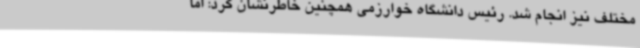
مختلف نیز انجام شد. رئیس دانشگاه خوارزمی همچنین خاطرنشان کرد: اما